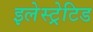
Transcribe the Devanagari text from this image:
इलेस्‍ट्रेटिड